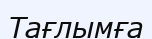
Тағлымға